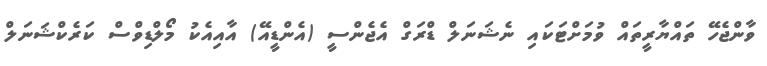
ވާންޖެހޭ ތައްޔާރީތައް ވުމަށްޓަކައި ނެޝަނަލް ޑްރަގް އެޖެންސީ (އެންޑީއޭ) އާއިއެކު މޯލްޑިވްސް ކަރެކްޝަނަލް